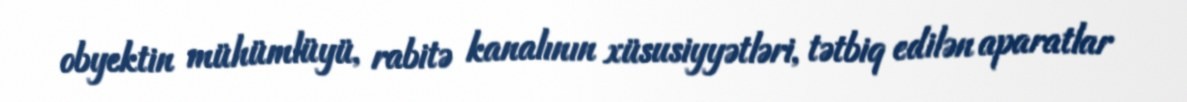
obyektin mühümlüyü, rabitə kanalının xüsusiyyətləri, tətbiq edilən aparatlar